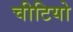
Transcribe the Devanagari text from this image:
चीटियो